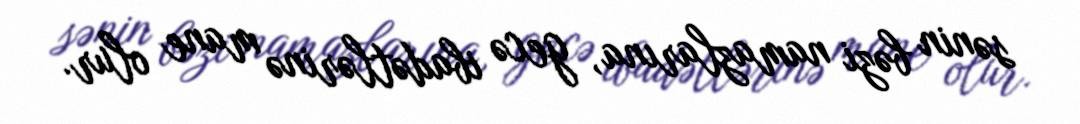
sənin bəzi namazlarına, gecə ibadətlərinə mane olur.